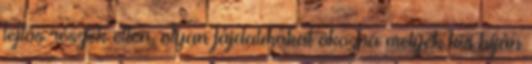
lejtős részek ellen, olyan fájdalmakat okozva melyek kis híján